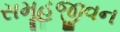
સમૂહજીવન